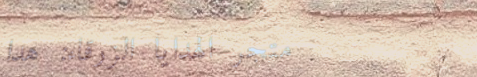
متجر الهدايا الزرقاء: هدا